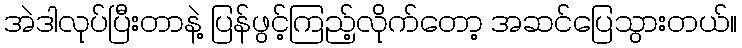
အဲဒါလုပ်ပြီးတာနဲ့ ပြန်ဖွင့်ကြည့်လိုက်တော့ အဆင်ပြေသွားတယ်။